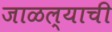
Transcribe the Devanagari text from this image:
जाळल्याची